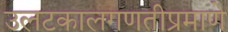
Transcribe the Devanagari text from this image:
उलटकालगणतीप्रमाणे